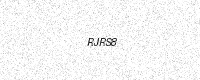
Text: RJRS8